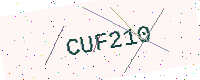
Text: CUF210